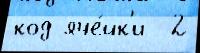
код яче́йк'и  2